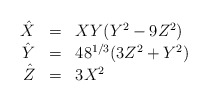
\begin{align*}\begin{array}{rcl}\hat X & = & X Y(Y^2-9 Z^2)\\\hat Y & = & 48^{1/3}(3 Z^2 + Y^2)\\\hat Z & = & 3 X^2\end{array}\end{align*}